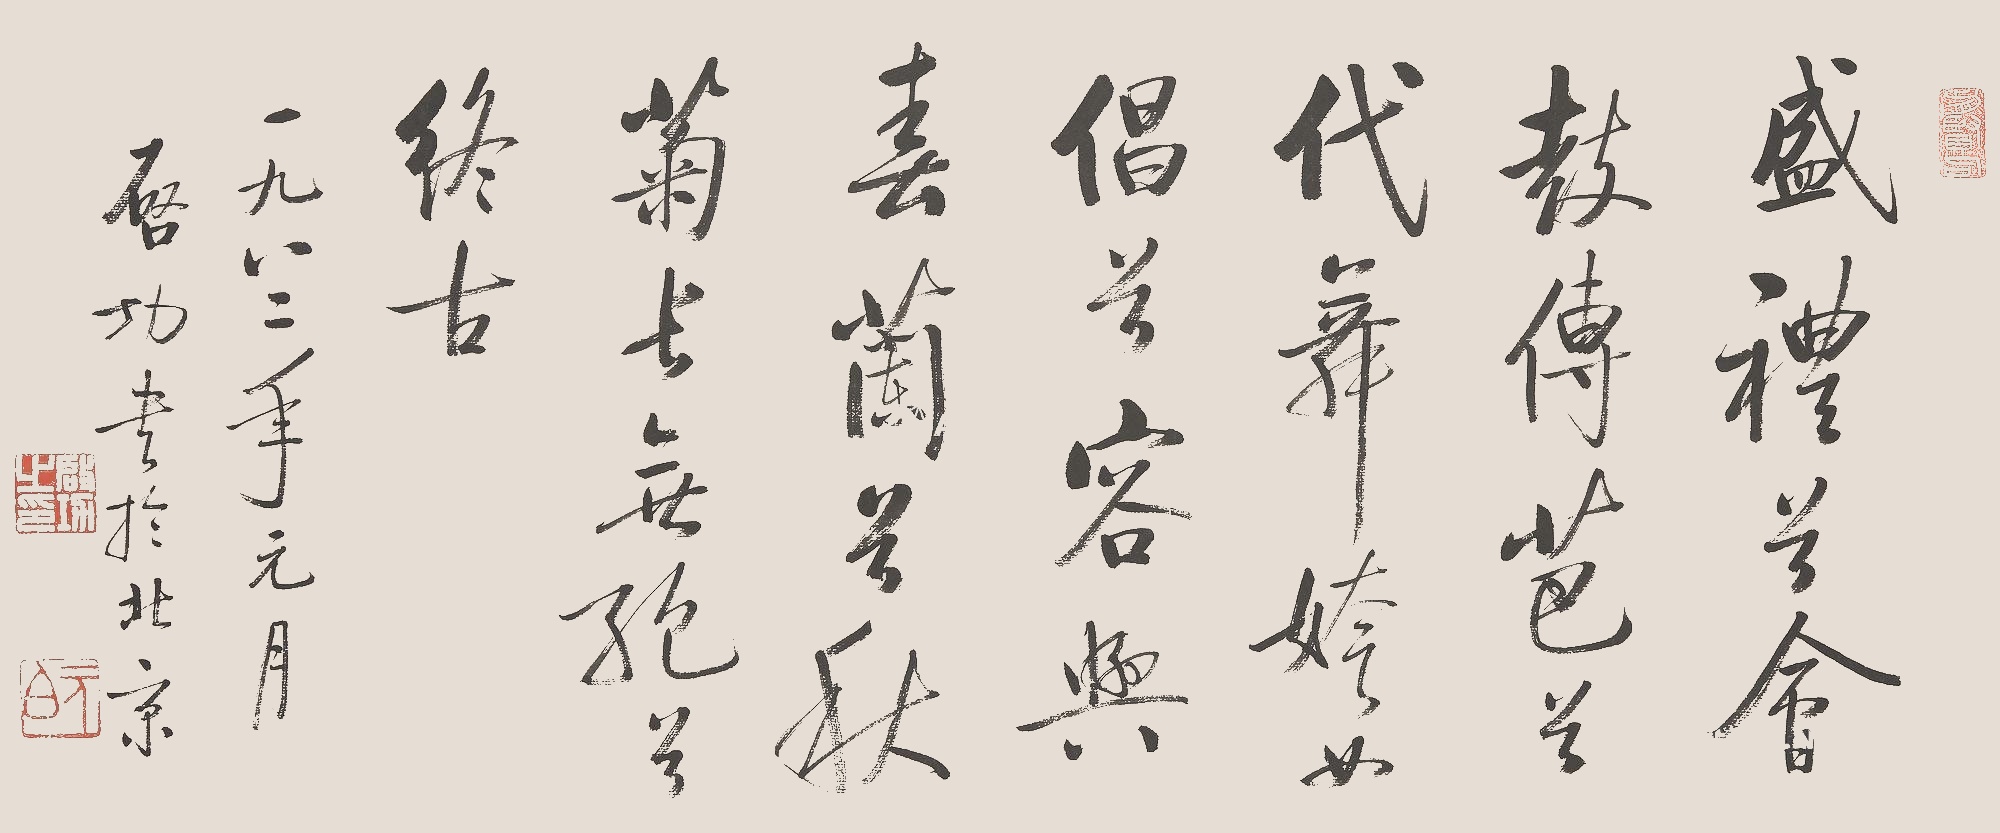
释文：盛礼兮会鼓，传芭兮代舞，姱女倡兮容与。春兰兮秋菊，长无绝兮终古。一九八二年元月，启功书于北京。